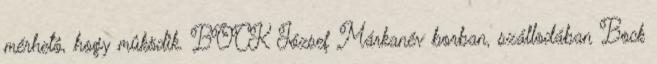
mérhetô, hogy mûködik. BOCK József Márkanév borban, szállodában Bock